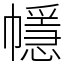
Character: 㡥